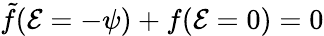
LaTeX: \tilde{f}({\cal E}=-{\psi})+f({\cal E}=0)=0